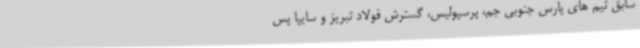
سابق تیم های پارس جنوبی جم، پرسپولیس، گسترش فولاد تبریز و سایپا پس